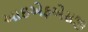
આઇએફએસજી